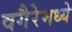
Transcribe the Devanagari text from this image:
वगैरेमध्ये